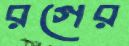
রগের